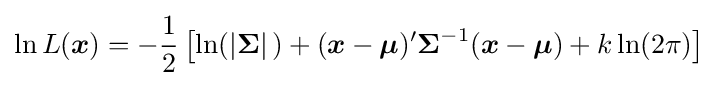
\ln L({\boldsymbol {x}})=-{\frac {1}{2}}\left[\ln(|{\boldsymbol {\Sigma }}|\,)+({\boldsymbol {x}}-{\boldsymbol {\mu }})'{\boldsymbol {\Sigma }}^{-1}({\boldsymbol {x}}-{\boldsymbol {\mu }})+k\ln(2\pi )\right]